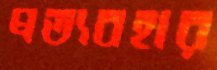
প্রত্যবহার